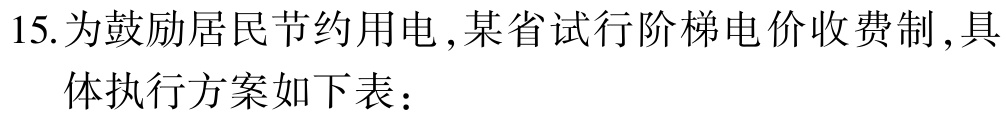
15. 为鼓励居民节约用电 ,某省试行阶梯电价收费制 ,具

体执行方案如下表：